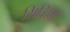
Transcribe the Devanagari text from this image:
सिद्धिमें